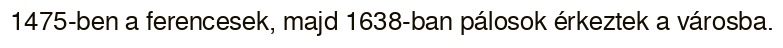
1475-ben a ferencesek, majd 1638-ban pálosok érkeztek a városba.